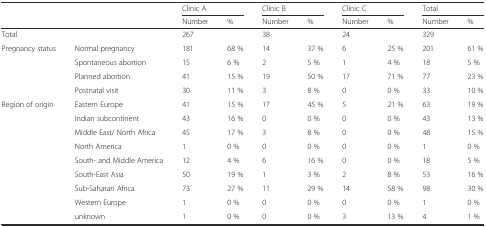
<table><thead><tr><td rowspan="2" colspan="2"></td><td colspan="2"><b>Clinic A</b></td><td colspan="2"><b>Clinic B</b></td><td colspan="2"><b>Clinic C</b></td><td colspan="2"><b>Total</b></td></tr><tr><td><b>Number</b></td><td><b>%</b></td><td><b>Number</b></td><td><b>%</b></td><td><b>Number</b></td><td><b>%</b></td><td><b>Number</b></td><td><b>%</b></td></tr></thead><tbody><tr><td colspan="2">Total</td><td>267</td><td></td><td>38</td><td></td><td>24</td><td></td><td>329</td><td></td></tr><tr><td rowspan="4">Pregnancy status</td><td>Normal pregnancy</td><td>181</td><td>68 %</td><td>14</td><td>37 %</td><td>6</td><td>25 %</td><td>201</td><td>61 %</td></tr><tr><td>Spontaneous abortion</td><td>15</td><td>6 %</td><td>2</td><td>5 %</td><td>1</td><td>4 %</td><td>18</td><td>5 %</td></tr><tr><td>Planned abortion</td><td>41</td><td>15 %</td><td>19</td><td>50 %</td><td>17</td><td>71 %</td><td>77</td><td>23 %</td></tr><tr><td>Postnatal visit</td><td>30</td><td>11 %</td><td>3</td><td>8 %</td><td>0</td><td>0 %</td><td>33</td><td>10 %</td></tr><tr><td rowspan="9">Region of origin</td><td>Eastern Europe</td><td>41</td><td>15 %</td><td>17</td><td>45 %</td><td>5</td><td>21 %</td><td>63</td><td>19 %</td></tr><tr><td>Indian subcontinent</td><td>43</td><td>16 %</td><td>0</td><td>0 %</td><td>0</td><td>0 %</td><td>43</td><td>13 %</td></tr><tr><td>Middle East/ North Africa</td><td>45</td><td>17 %</td><td>3</td><td>8 %</td><td>0</td><td>0 %</td><td>48</td><td>15 %</td></tr><tr><td>North America</td><td>1</td><td>0 %</td><td>0</td><td>0 %</td><td>0</td><td>0 %</td><td>1</td><td>0 %</td></tr><tr><td>South- and Middle America</td><td>12</td><td>4 %</td><td>6</td><td>16 %</td><td>0</td><td>0 %</td><td>18</td><td>5 %</td></tr><tr><td>South-East Asia</td><td>50</td><td>19 %</td><td>1</td><td>3 %</td><td>2</td><td>8 %</td><td>53</td><td>16 %</td></tr><tr><td>Sub-Saharan Africa</td><td>73</td><td>27 %</td><td>11</td><td>29 %</td><td>14</td><td>58 %</td><td>98</td><td>30 %</td></tr><tr><td>Western Europe</td><td>1</td><td>0 %</td><td>0</td><td>0 %</td><td>0</td><td>0 %</td><td>1</td><td>0 %</td></tr><tr><td>unknown</td><td>1</td><td>0 %</td><td>0</td><td>0 %</td><td>3</td><td>13 %</td><td>4</td><td>1 %</td></tr></tbody></table>